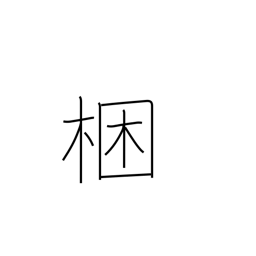
Meaning: tie up